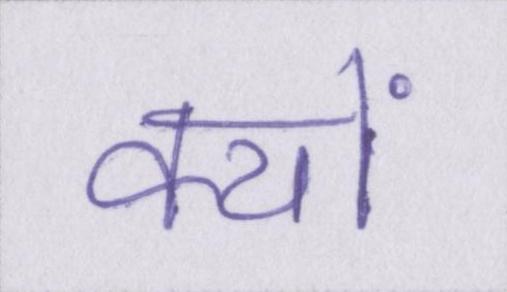
क्यों